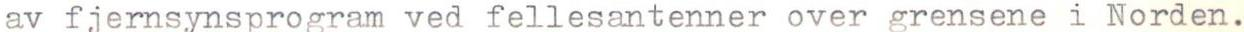
av fjernsynsprogram ved fellesantenner over grensene i Norden.